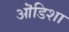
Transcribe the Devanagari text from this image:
ऒडिशा